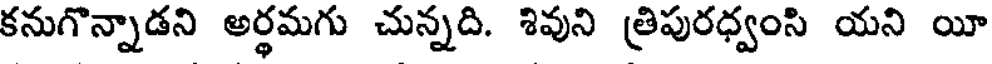
కనుగొన్నాడని అర్థమగు చున్నది. శివుని త్రిపురధ్వంసి యని యీ